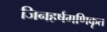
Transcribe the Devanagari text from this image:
जिनहर्षगणिकृत